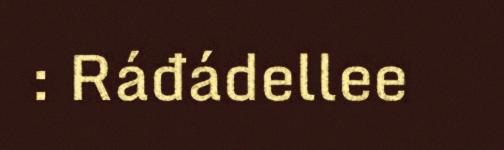
: Ráđádellee